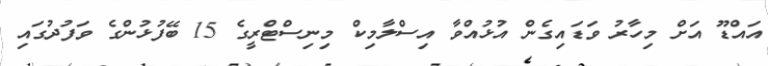
އައްޑޫ އަށް މިހާރު ވަޑައިގެން އުޅުއްވާ އިސްލާމިކް މިނިސްޓްރީގެ 15 ބޭފުޅުންގެ ވަފުދުގައި